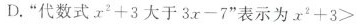
D."代数式x_{2}+3大于3x-7"表示x_{2}+3>